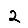
Digit: 2